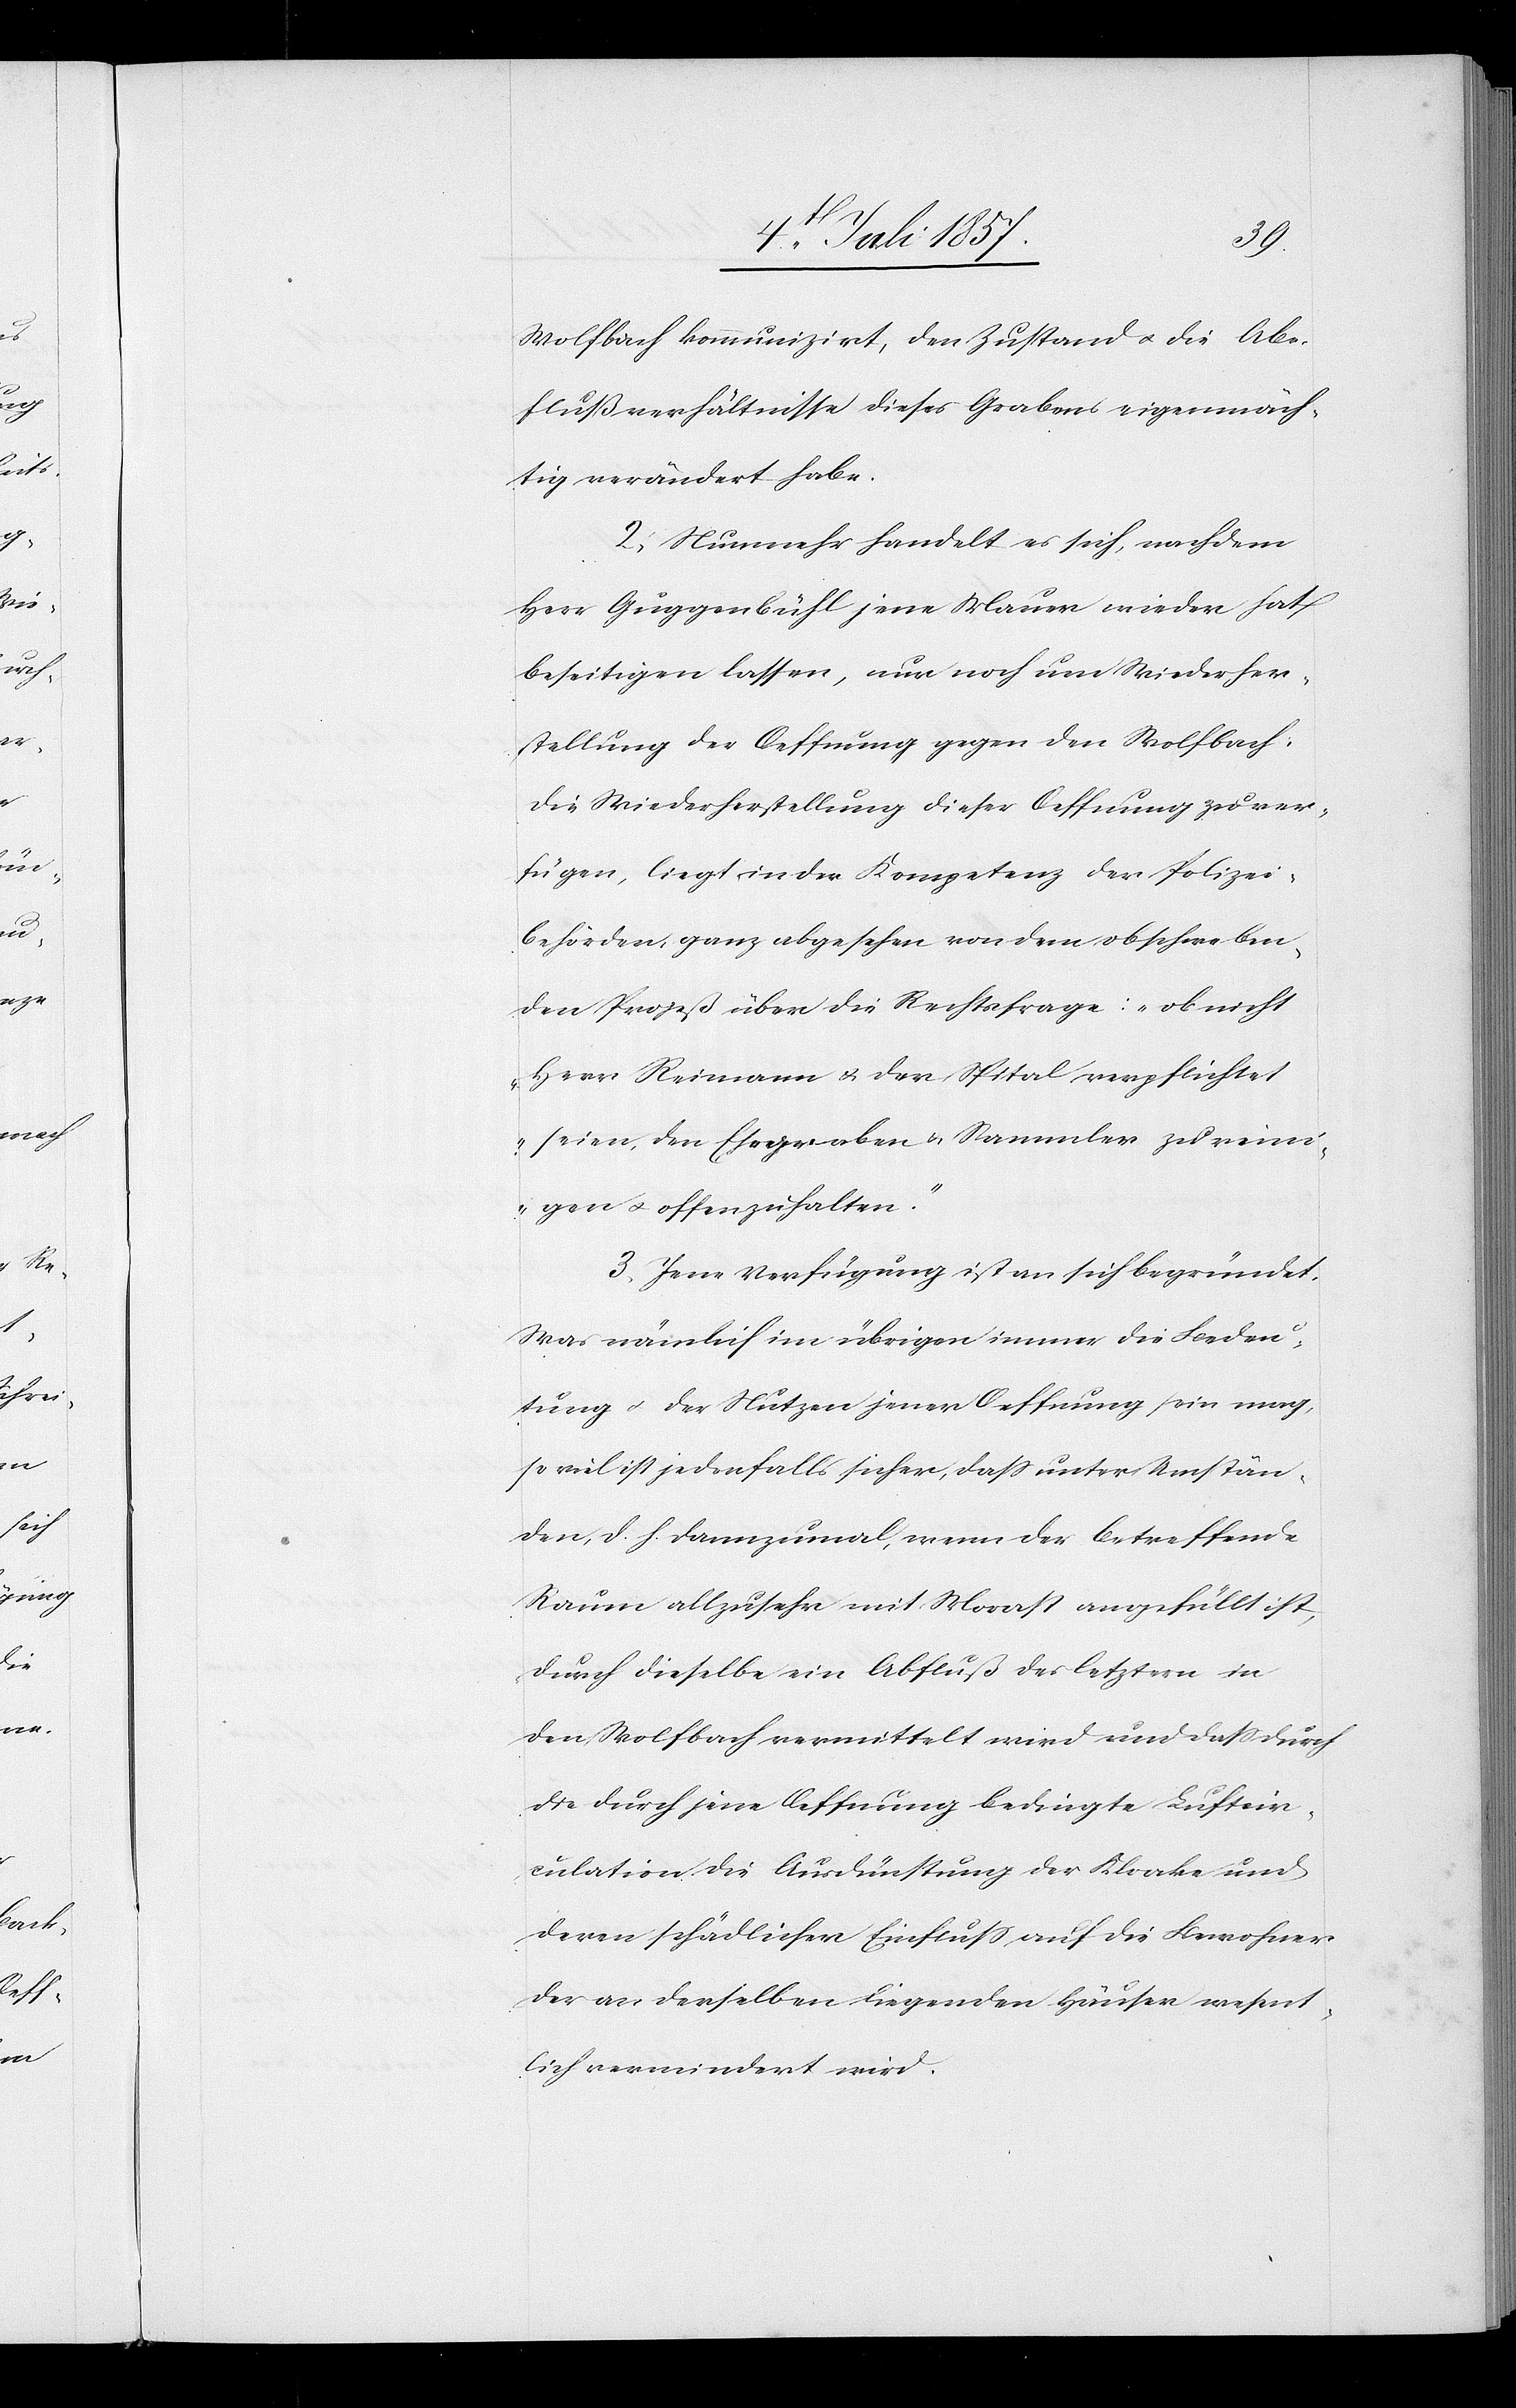
Wolfbach kommunizirt, den Zustande & die Ab¬
flußverhältnisse dieses Grabens eigenmäch¬
tig verändert habe.
2. Nunmehr handelt es sich, nachdem
Herr Guggenbühl jene Mauer wieder hat
beseitigen lassen, nur noch um Wiederher¬
stellung der Oeffnung gegen den Wolfbach:
die Wiederherstellung dieser Oeffnung zu ver¬
fügen, liegt in der Kompetenz der Polizei¬
behörden, ganz abgesehen von dem obschweben¬
den Prozeß über die Rechtsfrage: „ob nicht
Herr Reimann & der Spital verpflichtet
seien, den Ehegraben & Sammler zu reini¬
gen & offenzuhalten.“
3. Jene Verfügung ist an sich begründet.
Was nämlich im übrigen immer die Bedeu¬
tung & der Nutzen jener Oeffnung sein mag,
so viel ist jedenfalls sicher, daß unter Umstän¬
den, d. h. dannzumal, wenn der betreffende
Raum allzusehr mit Morast angefüllt ist,
durch dieselbe ein Abfluß des letztern in
den Wolfbach vermittelt wird und daß durch
die durch jene Oeffnung bedingte Luftcir¬
culation die Ausdünstung der Kloake und
deren schädlicher Einfluß auf die Bewohner
der an derselben liegenden Häuser wesent¬
lich vermindert wird.